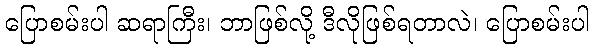
ပြောစမ်းပါ ဆရာကြီး၊ ဘာဖြစ်လို့ ဒီလိုဖြစ်ရတာလဲ၊ ပြောစမ်းပါ